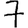
Digit: 7